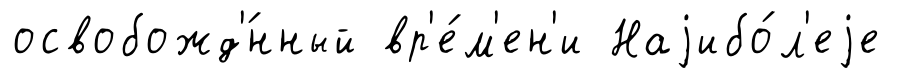
освобожд'́нный вр'е́м'ен'и Наjибо́л'еjе